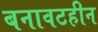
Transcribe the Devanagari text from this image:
बनावटहीन